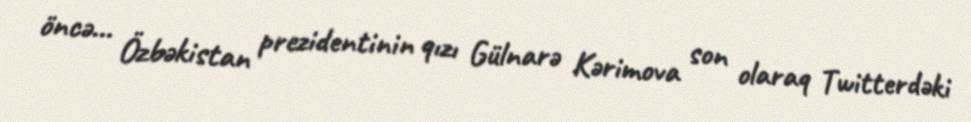
öncə... Özbəkistan prezidentinin qızı Gülnarə Kərimova son olaraq Twitterdəki